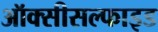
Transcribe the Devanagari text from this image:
ऑक्सीसल्फाइड